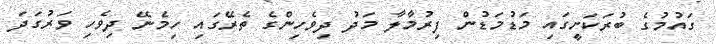
ގައުމުގެ ބުރަކަށީގައި މަޑުމަޑުން ފިރުމާލާ މަދު ދިވެހިންގެ ތެރޭގައި ހިމެނޭ ދިވެހި ވަރުގަދަ